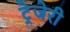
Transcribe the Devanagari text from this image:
ट्रेजेरी